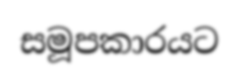
සමූපකාරයට